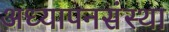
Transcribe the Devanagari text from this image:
अध्यापनसंस्था